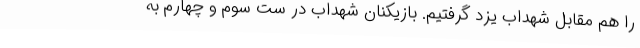
را هم مقابل شهداب یزد گرفتیم. بازیکنان شهداب در ست سوم و چهارم به